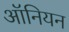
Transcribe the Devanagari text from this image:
ऑनियन